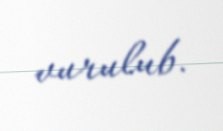
vurulub.